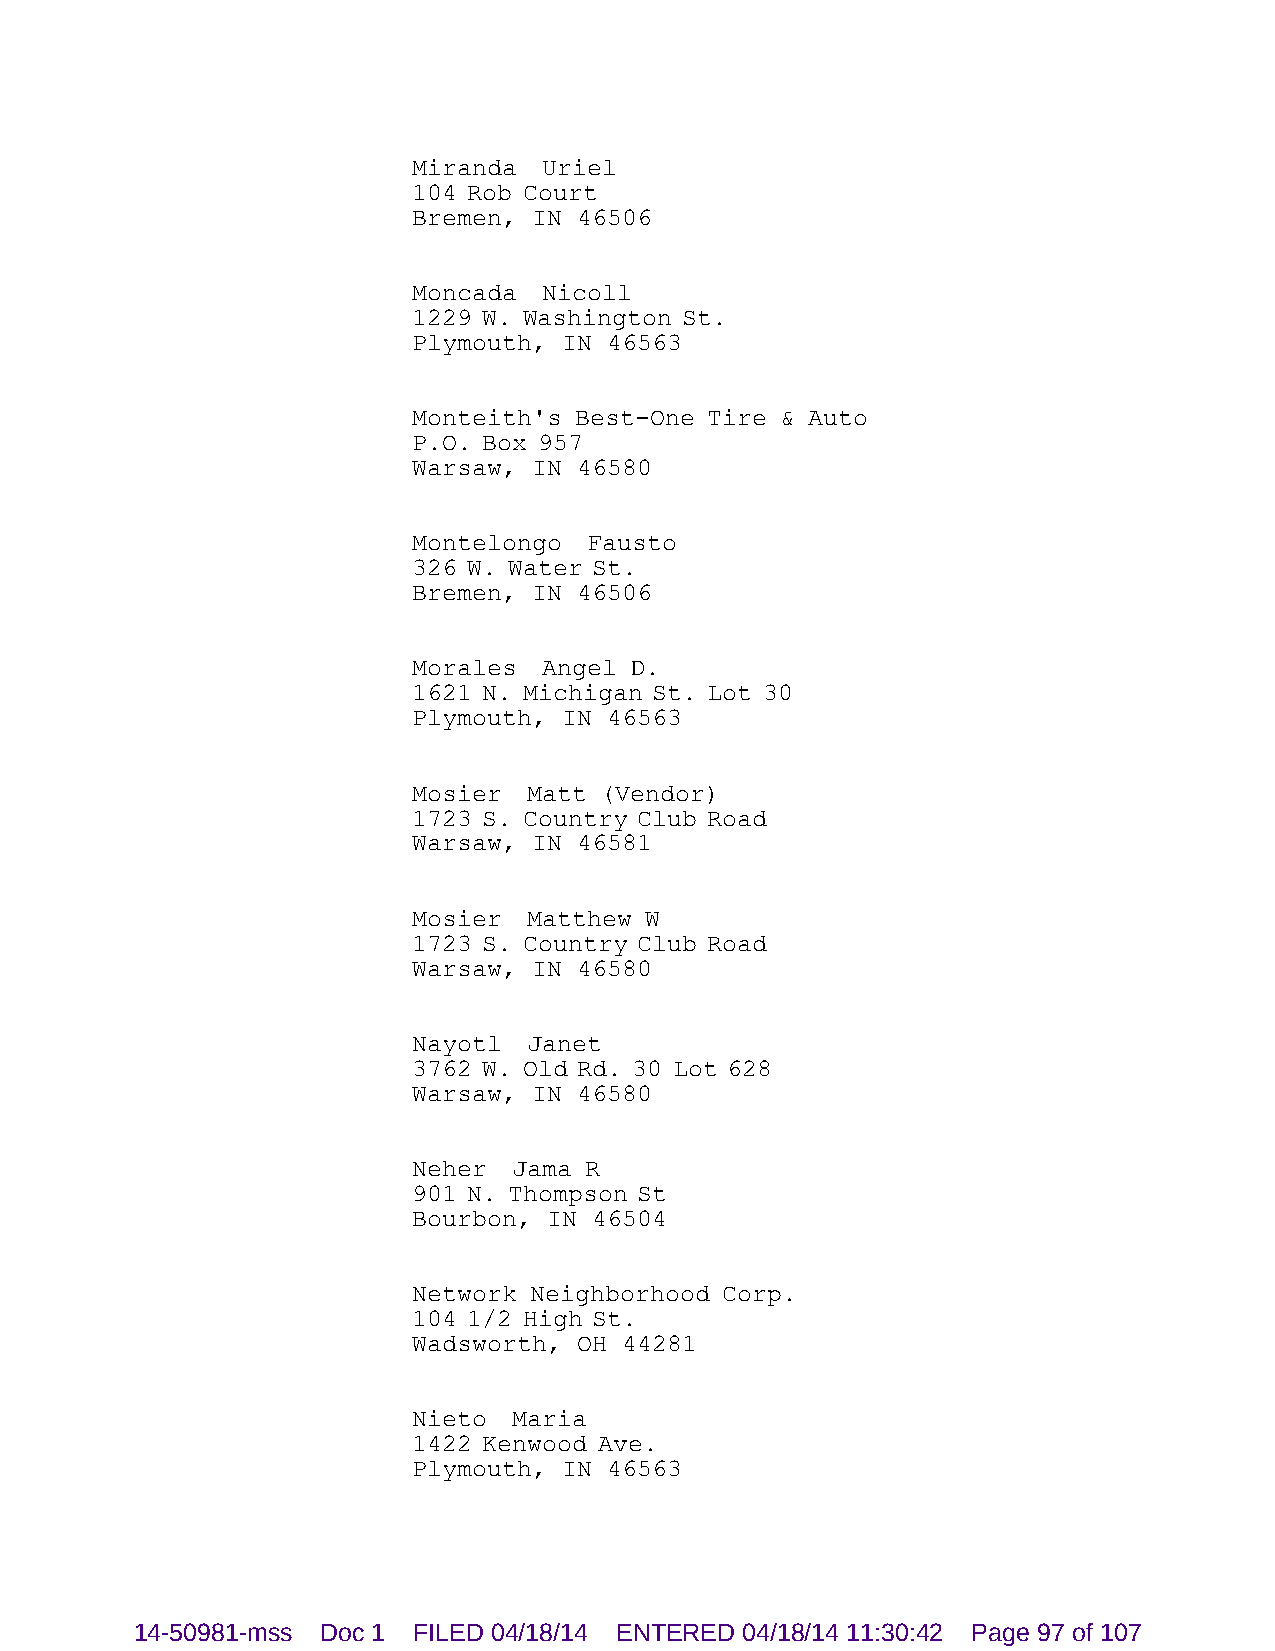
Miranda  Uriel
 104 Rob Court
 Bremen, IN 46506
 Moncada  Nicoll
 1229 W. Washington St.
 Plymouth, IN 46563
 Monteith's Best-One Tire & Auto
 P.O. Box 957
 Warsaw, IN 46580
 Montelongo  Fausto
 326 W. Water St.
 Bremen, IN 46506
 Morales  Angel D.
 1621 N. Michigan St. Lot 30
 Plymouth, IN 46563
 Mosier  Matt (Vendor)
 1723 S. Country Club Road
 Warsaw, IN 46581
 Mosier  Matthew W
 1723 S. Country Club Road
 Warsaw, IN 46580
 Nayotl  Janet
 3762 W. Old Rd. 30 Lot 628
 Warsaw, IN 46580
 Neher  Jama R
 901 N. Thompson St
 Bourbon, IN 46504
 Network Neighborhood Corp.
 104 1/2 High St.
 Wadsworth, OH 44281
 Nieto  Maria
 1422 Kenwood Ave.
 Plymouth, IN 46563
 14-50981-mss Doc 1 FILED 04/18/14 ENTERED 04/18/14 11:30:42 Page 97 of 107